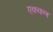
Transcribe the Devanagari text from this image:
एककण